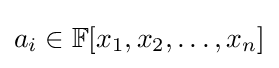
a_{i}\in \mathbb {F} [x_{1},x_{2},\dotsc ,x_{n}]